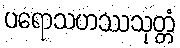
ပရောသဟဿသုတ္တံ